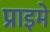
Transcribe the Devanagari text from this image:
प्राइमे